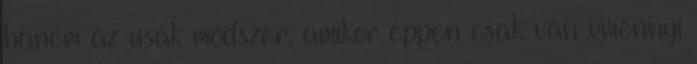
hanem az usák módszer, amikor éppen csak van vmennyi